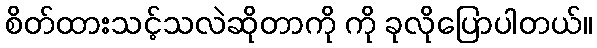
စိတ်ထားသင့်သလဲဆိုတာကို ကို ခုလိုပြောပါတယ်။